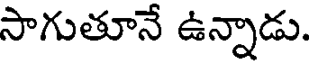
సాగుతూనే ఉన్నాడు.